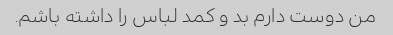
من دوست دارم بد و کمد لباس را داشته باشم.